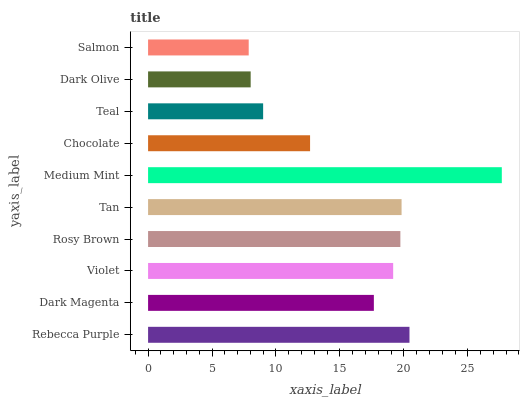
| yaxis_label | bars |
 | --- | --- |
 | Rebecca Purple | 20.4 |
 | Dark Magenta | 17.7 |
 | Violet | 19.2 |
 | Rosy Brown | 19.7 |
 | Tan | 19.8 |
 | Medium Mint | 27.7 |
 | Chocolate | 12.7 |
 | Teal | 9 |
 | Dark Olive | 8.02 |
 | Salmon | 7.87 |